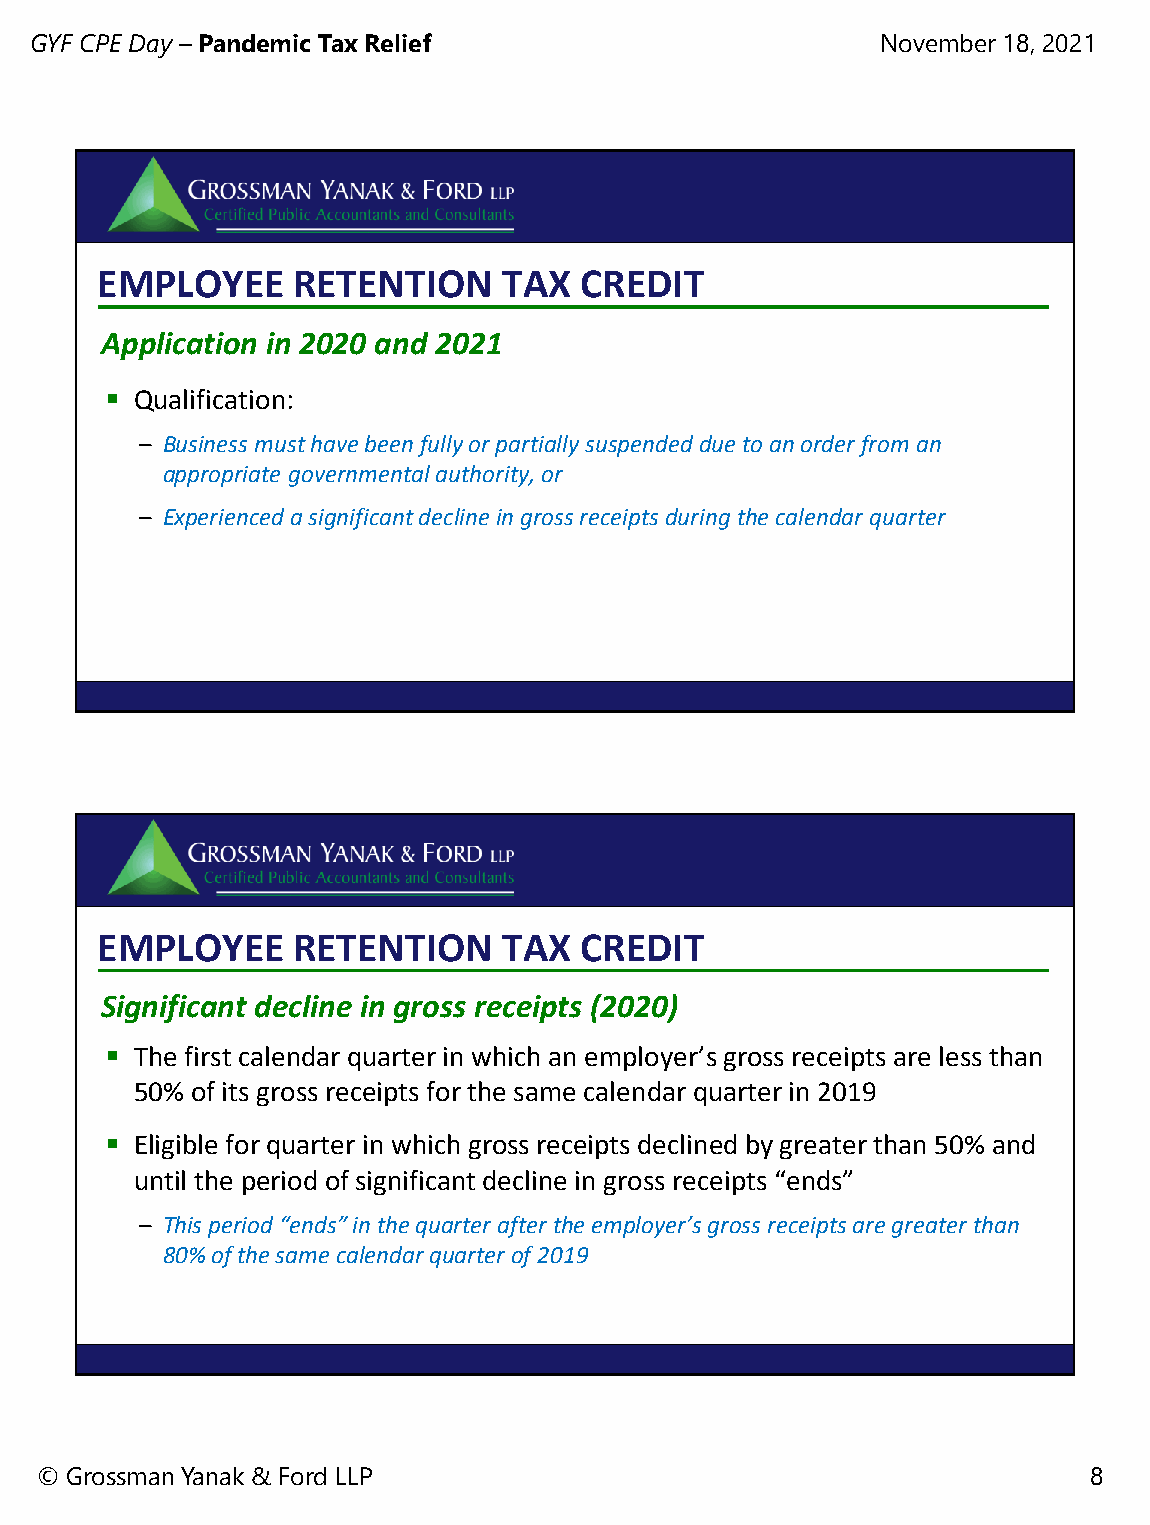
GYF CPE Day – Pandemic Tax Relief                       November 18, 2021
 EMPLOYEE     RETENTION     TAX  CREDIT
 Application in 2020 and 2021
  Qualification:
 – Business must have been fully or partially suspended due to an order from an
 appropriate governmental authority, or
 – Experienced a significant decline in gross receipts during the calendar quarter
 Planning for Income Taxes in an Uncertain Tax Climate March 10, 2011
 EMPLOYEE     RETENTION     TAX  CREDIT
 Significant decline in gross receipts (2020)
  The first calendar quarter in which an employer’s gross receipts are less than
 50% of its gross receipts for the same calendar quarter in 2019
  Eligible for quarter in which gross receipts declined by greater than 50% and
 until the period of significant decline in gross receipts “ends”
 – This period “ends” in the quarter after the employer’s gross receipts are greater than
 80% of the same calendar quarter of 2019
 Planning for Income Taxes in an Uncertain Tax Climate March 10, 2011
 © Grossman Yanak & Ford LLP                                           8